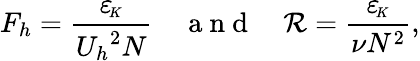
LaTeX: F_{h}=\frac{{\varepsilon_{\! \scriptscriptstyle K}}}{{U_{h}}^{2}N}~~~~\mathrm{~a~n~d~}~~~~\mathcal{R}=\frac{{\varepsilon_{\! \scriptscriptstyle K}}}{\nu N^{2}},